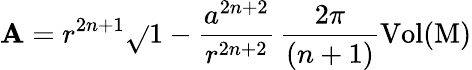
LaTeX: \mathbf{A}=r^{2n+1}\sqrt{}{{1-\frac{{a^{2n+2}}}{{r^{2n+2}}}}}\, \frac{{2\pi}}{{(n+1)}}{\mathrm{{Vol{(M)}}}}